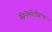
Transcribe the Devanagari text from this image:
सिनेमोटोग्राफ